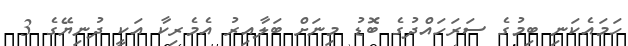
ހަމައެކަނި ބިމުގެ ސަރަހައްދުގެ ބޮޑު މިނަށް ބަލާއިރު އެމެރިކާ އަކީ ދުނިޔޭގެ 3